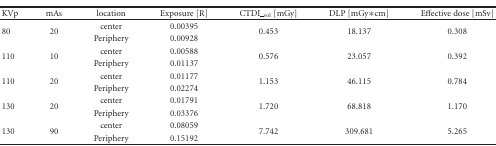
<table><thead><tr><td><b>KVp</b></td><td><b>mAs</b></td><td><b>location</b></td><td><b>Exposure [R]</b></td><td><b>CTDI_<sub>vol</sub> [mGy]</b></td><td><b>DLP [mGy∗cm]</b></td><td><b>Effective dose [mSv]</b></td></tr></thead><tbody><tr><td rowspan="2">80</td><td rowspan="2">20</td><td>center</td><td>0.00395</td><td rowspan="2">0.453</td><td rowspan="2">18.137</td><td rowspan="2">0.308</td></tr><tr><td>Periphery</td><td>0.00928</td></tr><tr><td rowspan="2">110</td><td rowspan="2">10</td><td>center</td><td>0.00588</td><td rowspan="2">0.576</td><td rowspan="2">23.057</td><td rowspan="2">0.392</td></tr><tr><td>Periphery</td><td>0.01137</td></tr><tr><td rowspan="2">110</td><td rowspan="2">20</td><td>center</td><td>0.01177</td><td rowspan="2">1.153</td><td rowspan="2">46.115</td><td rowspan="2">0.784</td></tr><tr><td>Periphery</td><td>0.02274</td></tr><tr><td rowspan="2">130</td><td rowspan="2">20</td><td>center</td><td>0.01791</td><td rowspan="2">1.720</td><td rowspan="2">68.818</td><td rowspan="2">1.170</td></tr><tr><td>Periphery</td><td>0.03376</td></tr><tr><td rowspan="2">130</td><td rowspan="2">90</td><td>center</td><td>0.08059</td><td rowspan="2">7.742</td><td rowspan="2">309.681</td><td rowspan="2">5.265</td></tr><tr><td>Periphery</td><td>0.15192</td></tr></tbody></table>